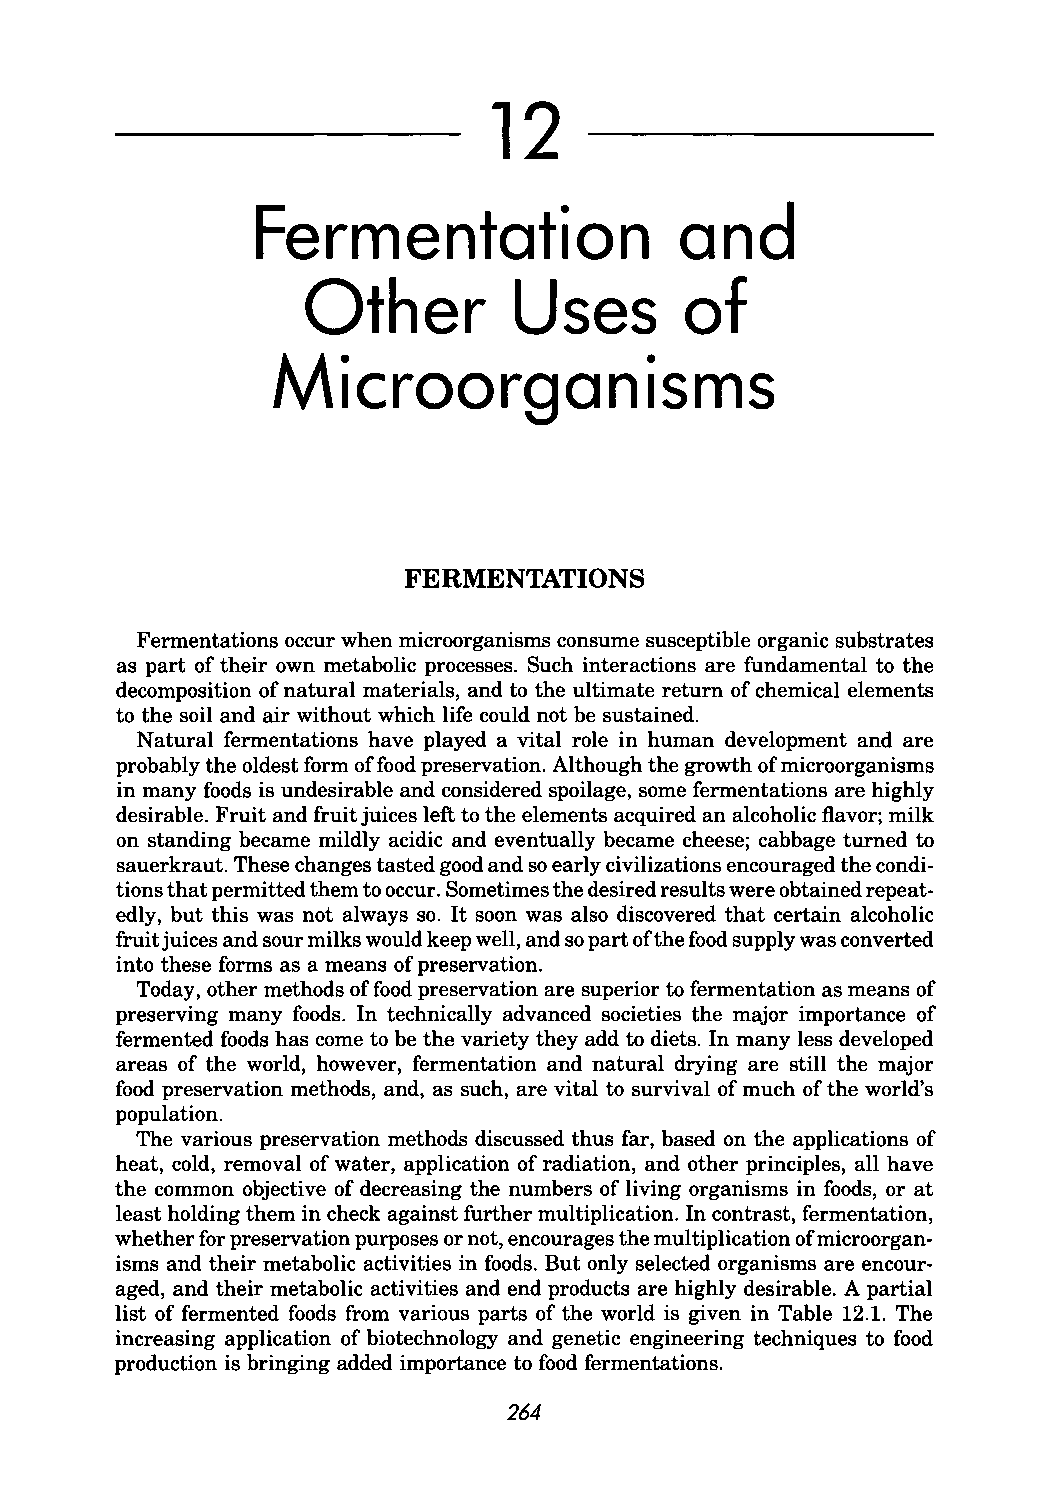
12
 Fermentation                and
 Other         Uses       of
 Microorganisms
 FERMENTATIONS
 Fermentations occur when microorganisms consume susceptible organic substrates
 as part of their own metabolic processes. Such interactions are fundamental to the
 decomposition of natural materials, and to the ultimate return of chemical elements
 to the soil and air without which life could not be sustained.
 Natural fermentations have played a vital role in human development and are
 probably the oldest form offood preservation. Although the growth of microorganisms
 in many foods is undesirable and considered spoilage, some fermentations are highly
 desirable. Fruit and fruit juices left to the elements acquired an alcoholic flavor; milk
 on standing became mildly acidic and eventually became cheese; cabbage turned to
 sauerkraut. These changes tasted good and so early civilizations encouraged the condi
 tions that permitted them to occur. Sometimes the desired results were obtained repeat
 edly, but this was not always so. It soon was also discovered that certain alcoholic
 fruit juices and sour milks would keep well, and so part ofthe food supply was converted
 into these forms as a means of preservation.
 Today, other methods of food preservation are superior to fermentation as means of
 preserving many foods. In technically advanced societies the major importance of
 fermented foods has come to be the variety they add to diets. In many less developed
 areas of the world, however, fermentation and natural drying are still the major
 food preservation methods, and, as such, are vital to survival of much of the world's
 population.
 The various preservation methods discussed thus far, based on the applications of
 heat, cold, removal of water, application of radiation, and other principles, all have
 the common objective of decreasing the numbers of living organisms in foods, or at
 least holding them in check against further multiplication. In contrast, fermentation,
 whether for preservation purposes or not, encourages the multiplication of micro organ
 isms and their metabolic activities in foods. But only selected organisms are encour
 aged, and their metabolic activities and end products are highly desirable. A partial
 list of fermented foods from various parts of the world is given in Table 12.1. The
 increasing application of biotechnology and genetic engineering techniques to food
 production is bringing added importance to food fermentations.
 264